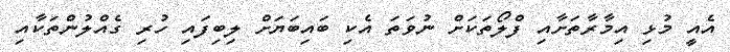
އެއީ މުޅި އިމާރާތަށާއި ފްލޯތަކަށް ނުވަތަ އެކި ބައިބަޔަށް ލިބިފައި ހުރި ގެއްލުންތަކާއި